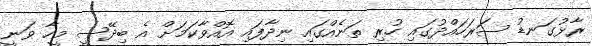
ރާޅުގަނޑު ސަރަހައްދުގައި ހުރި ތަނެއްގައި ނިދާފައި އޮއްވާކަމަށް އެ ބިދޭސީ މީހާ ވަނީ